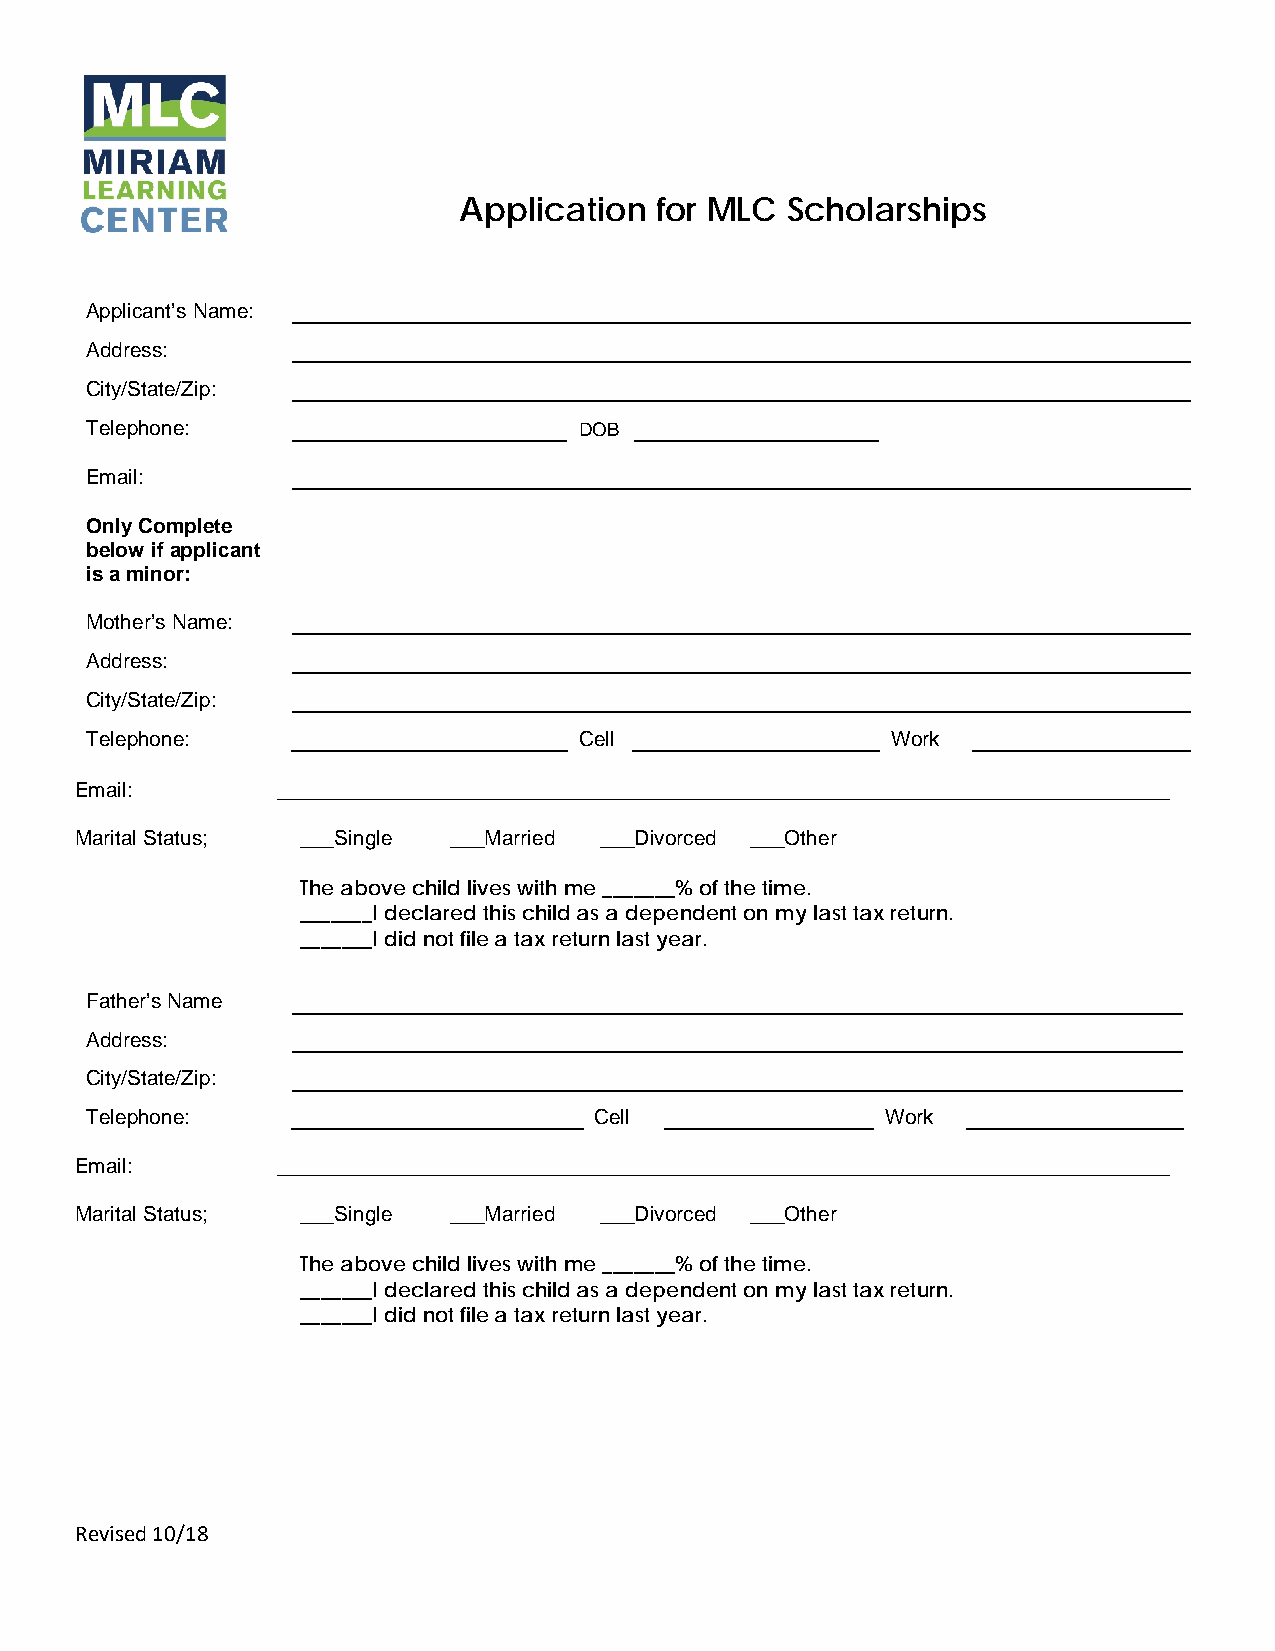
Application  for MLC  Scholarships
 Applicant’s Name:
 Address:
 City/State/Zip:
 Telephone:                      DOB
 Email:
 Only Complete
 below if applicant
 is a minor:
 Mother’s Name:
 Address:
 City/State/Zip:
 Telephone:                      Cell                 Work
 Email:       _____________________________________________________________________________
 Marital Status; ___Single ___Married ___Divorced ___Other
 The above child lives with me _______% of the time.
 _______I declared this child as a dependent on my last tax return.
 _______I did not file a tax return last year.
 Father’s Name
 Address:
 City/State/Zip:
 Telephone:                       Cell                Work
 Email:       _____________________________________________________________________________
 Marital Status; ___Single ___Married ___Divorced ___Other
 The above child lives with me _______% of the time.
 _______I declared this child as a dependent on my last tax return.
 _______I did not file a tax return last year.
 Revised 10/18